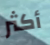
أكثر